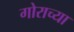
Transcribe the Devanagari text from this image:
गोराच्या